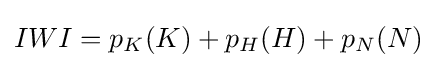
IWI=p_{K}(K)+p_{H}(H)+p_{N}(N)